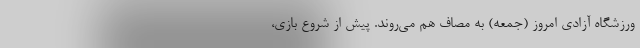
ورزشگاه آزادی امروز (جمعه) به مصاف هم می‌روند. پیش از شروع بازی،